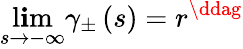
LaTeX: \operatorname*{l\mathbf{i}m}_{s\rightarrow-\infty}\gamma_{\pm}\left(s\right)=r^{\ddag}